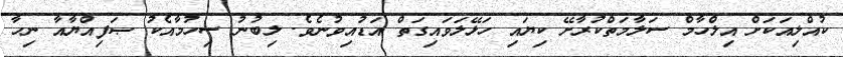
ކުއްލިއަކަށް އިލްހާމް ސަލާމަތްކުރާށޭ ކިޔައި ހަޅޭލަވައިގަތް އަޑުއިވުނެވެ. ލިބުނު ސިހުމާއެކު ޞަފިއްޔާއާ ނިހާ